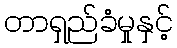
တာရှည်ခံမှုနှင့်